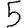
Digit: 5